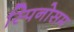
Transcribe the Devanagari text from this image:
स्पिनोसम